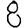
Digit: 8